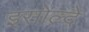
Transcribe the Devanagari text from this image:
इसोल्दे